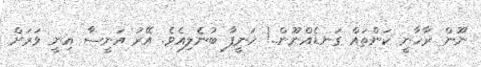
ނޫން ރާހާނީ ކަންތައް ގަނޑެއްނޫން..! ހަނީފާ ބުނެލިއެވެ. އޭރު އަނީސާ އިނީ ވަރަށް